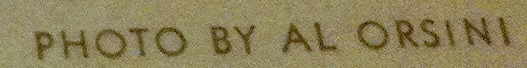
PHOTO BY AL ORSINI